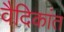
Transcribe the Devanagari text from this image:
वैदिकांत